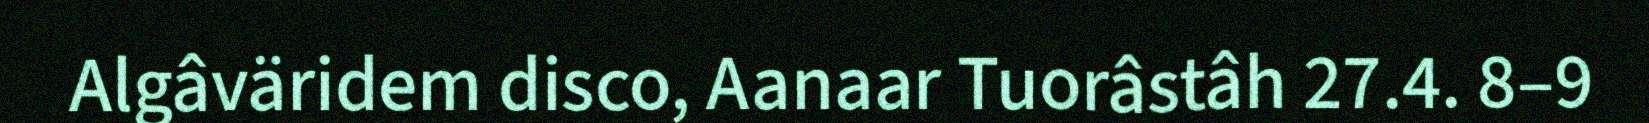
Algâväridem disco, Aanaar Tuorâstâh 27.4. 8–9